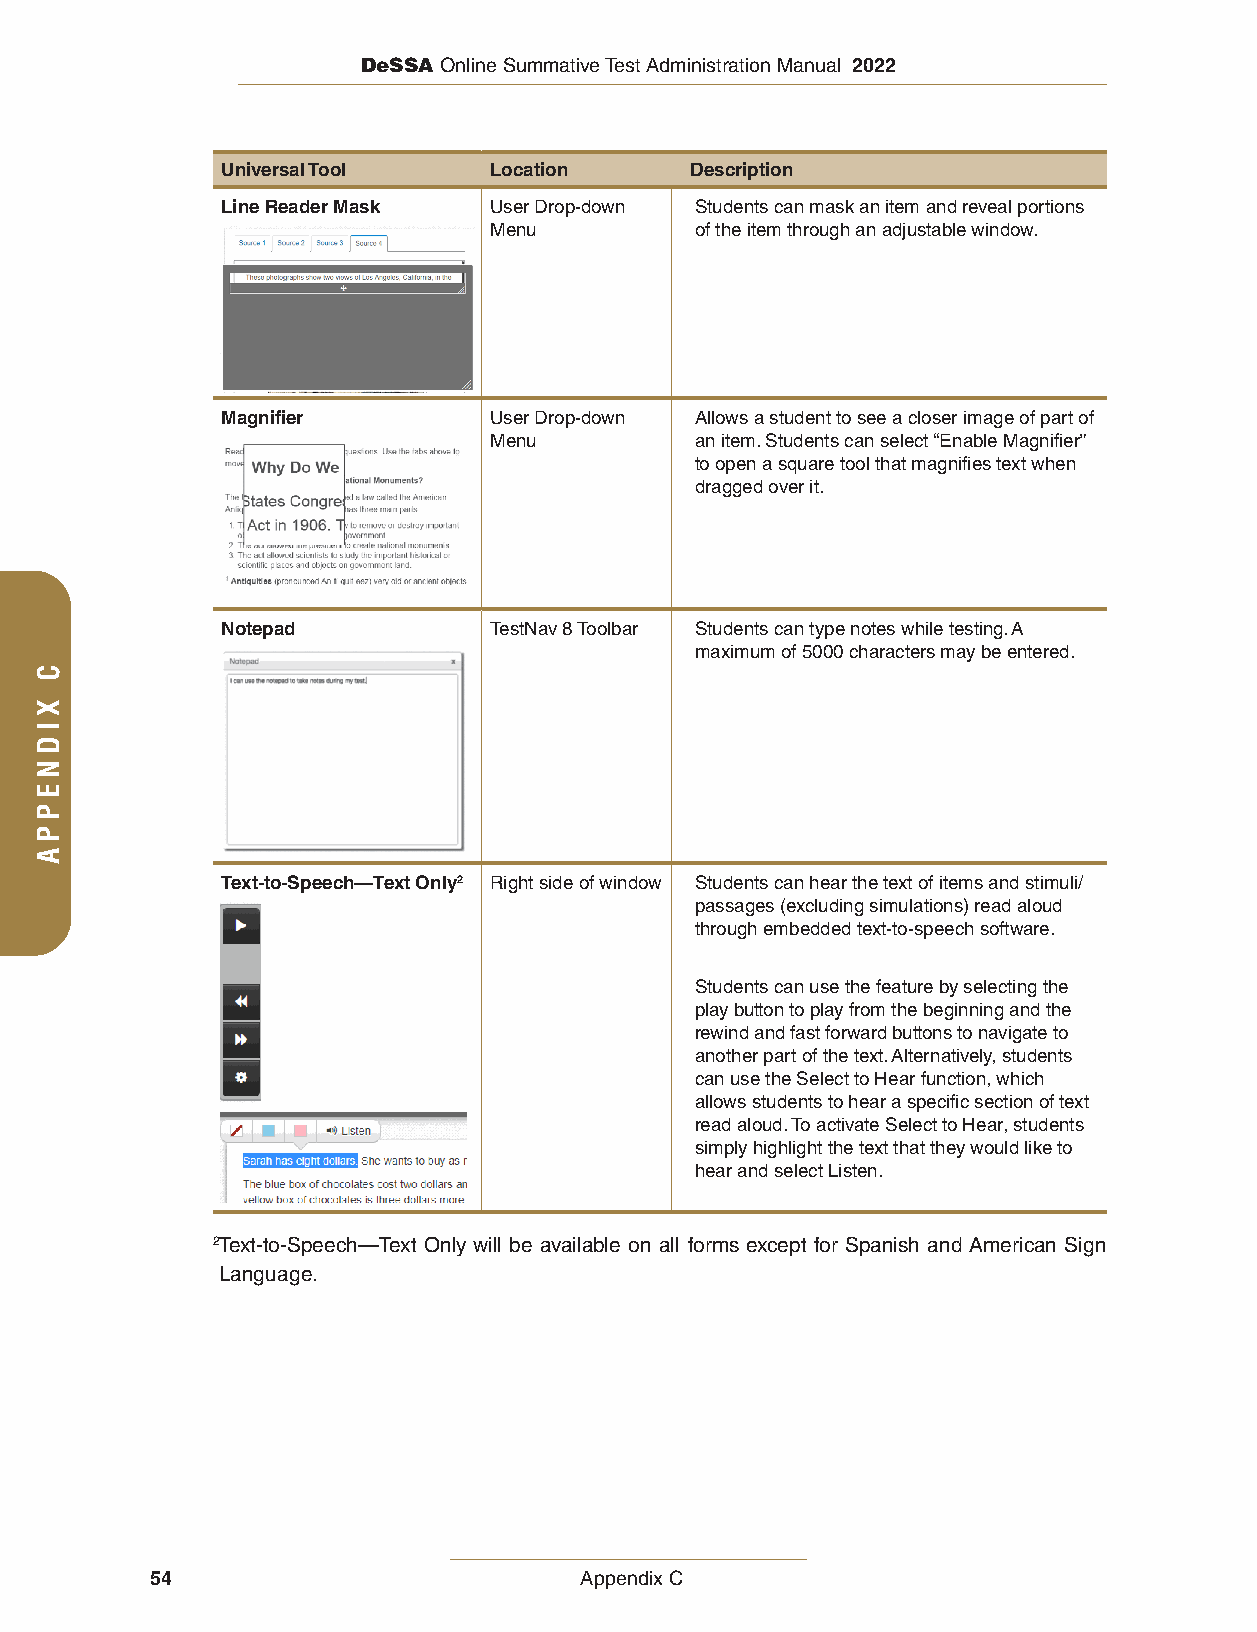
DeSSA Online Summative Test Administration Manual 2022
 Universal Tool   Location      Description
 Line Reader Mask User Drop-down Students can mask an item and reveal portions
 Menu          of the item through an adjustable window.
 Magnifier        User Drop-down Allows a student to see a closer image of part of
 Menu          an item. Students can select “Enable Magnifier”
 to open a square tool that magnifies text when
 dragged over it.
 Notepad          TestNav 8 Toolbar Students can type notes while testing. A
 maximum of 5000 characters may be entered.
 Text-to-Speech—Text Only2 Right side of window Students can hear the text of items and stimuli/
 passages (excluding simulations) read aloud
 through embedded text-to-speech software.
 Students can use the feature by selecting the
 play button to play from the beginning and the
 rewind and fast forward buttons to navigate to
 another part of the text. Alternatively, students
 can use the Select to Hear function, which
 allows students to hear a specific section of text
 read aloud. To activate Select to Hear, students
 simply highlight the text that they would like to
 hear and select Listen.
 2 Text-to-Speech—Text Only will be available on all forms except for Spanish and American Sign
 Language.
 54                          Appendix C
 C
 XIDNEPPA